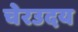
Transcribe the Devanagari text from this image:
चेरउदय